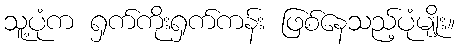
သူ့ပုံက ရှက်ကိုးရှက်ကန်း ဖြစ်နေသည့်ပုံမျိုး။